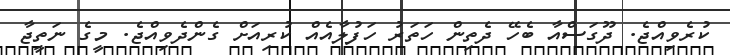
ކުރެވިއްޖެ. ދޫގަސްއާ ބެހޭ ދެތިން ހަތަރު ހަފުލާއެއް ކުރިއަށް ގެންދެވިއްޖެ. މީގެ ނަތީޖާ